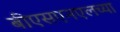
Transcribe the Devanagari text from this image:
बीएसएनएलच्या